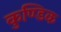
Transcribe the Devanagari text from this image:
कुण्डिक